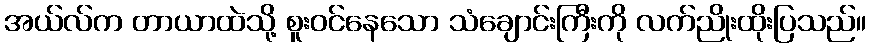
အယ်လ်က တာယာထဲသို့ စူးဝင်နေသော သံချောင်းကြီးကို လက်ညိုးထိုးပြသည်။